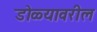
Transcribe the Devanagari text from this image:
डोळ्यावरील